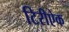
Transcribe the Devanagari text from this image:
टिरीऐक